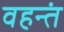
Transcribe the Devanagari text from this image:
वहन्तं